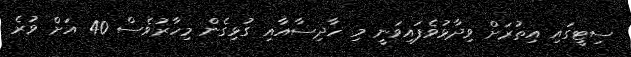
ސިޓީގައި އިތުރަށް ވިދާޅުވެފައިވަނީ މި ހާދިސާއާއި ގުޅިގެން މިހާރުވެސް 40 އަށް ވުރެ